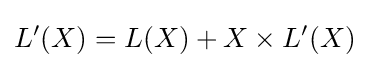
L'(X)=L(X)+X\times L'(X)